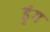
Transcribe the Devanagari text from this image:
ढुंग